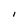
Character: I